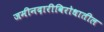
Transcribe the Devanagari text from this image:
जमीनदारीविरोधातील